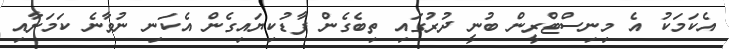
އެކަމަކު އެ މިނިސްޓްރީން ބުނީ ދުރުގައި ތިބެގެން ފާޑުކިޔައިގެން އެކަނި ނުވާނެ ކަމަށާއި